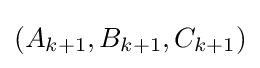
(A_{k+1},B_{k+1},C_{k+1})